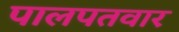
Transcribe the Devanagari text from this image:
पालपतवार